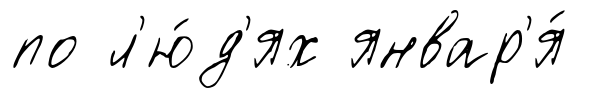
по л'ю́д'ях январ'я́